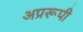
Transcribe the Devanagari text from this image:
अप्ररूपी